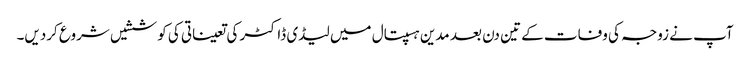
آپ نے زوجہ کی وفات کے تین دن بعد مدین ہسپتال میں لیڈی ڈاکٹر کی تعیناتی کی کوششیں شروع کردیں۔